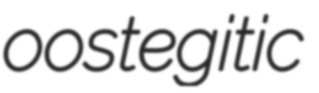
oostegitic